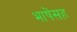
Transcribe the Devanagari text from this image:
भाषेंसह